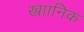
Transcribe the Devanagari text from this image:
ख्राानिक